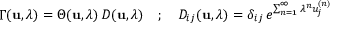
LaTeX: \Gamma ( { \bf u } , \lambda ) = \Theta ( { \bf u } , \lambda ) \, D ( { \bf u } , \lambda ) \quad ; \quad D _ { i j } ( { \bf u } , \lambda ) = \delta _ { i j } \, e ^ { \sum _ { n = 1 } ^ { \infty } \lambda ^ { n } u _ { j } ^ { ( n ) } }